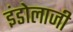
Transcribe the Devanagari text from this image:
इंडोलाजी